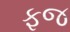
ફજ